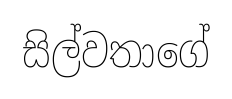
සිල්වතාගේ